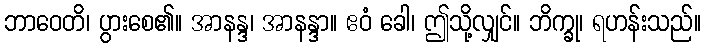
ဘာဝေတိ၊ ပွားစေ၏။ အာနန္ဒ၊ အာနန္ဒာ။ ဧဝံ ခေါ၊ ဤသို့လျှင်။ ဘိက္ခု၊ ရဟန်းသည်။